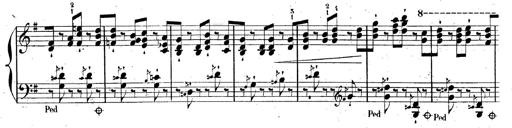
Title: AnnÃ©es de pÃ¨lerinage II, SupplÃ©ment
Composer: Franz Liszt